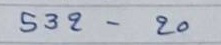
532 - 20